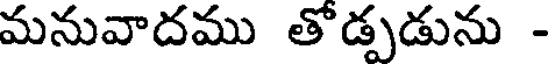
మనువాదము తొడ్పడును -